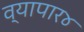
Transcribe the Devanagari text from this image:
व्यापार४